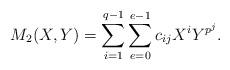
LaTeX: \begin{align*} M_2(X,Y)=\sum_{i=1}^{q-1}\sum_{e=0}^{e-1} c_{ij} X^i Y^{p^j}.\end{align*}